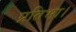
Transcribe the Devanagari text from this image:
प्रतिभा।